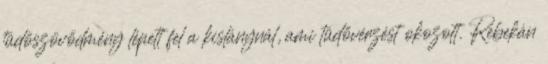
tüdőszövődmény lépett fel a kislánynál, ami tüdővérzést okozott. Rebekán